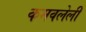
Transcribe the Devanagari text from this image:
कमवलेली